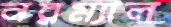
নরম্যাল